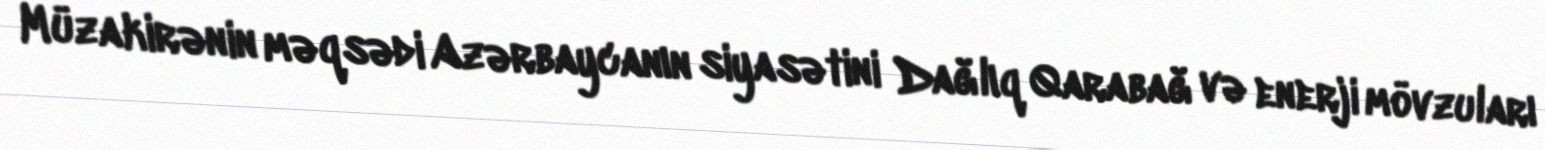
Müzakirənin məqsədi Azərbaycanın siyasətini Dağlıq Qarabağ və enerji mövzuları